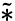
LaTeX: \widetilde{*}